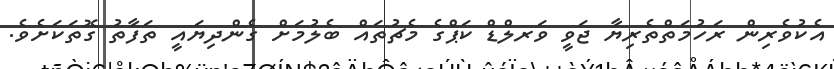
އެކުވެރިން ރަހުމަތްތެރިޔާ ޖަވީ ވަރލްޑް ކަޕްގެ މެޗުތައް ބެލުމަށް ގެންދިޔައީ ތަފާތު ގޮތަކަށެވެ.